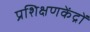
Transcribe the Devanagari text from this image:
प्रशिक्षणकेंद्रों